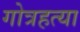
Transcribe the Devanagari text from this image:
गोत्रहत्या